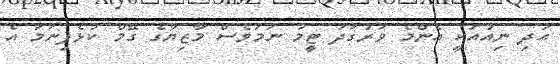
އަދި ނިއުއަކީ އެންމެ ވަރުގަދަ ޓީމު ނަމަވެސް މާޒިޔާގެ ގޭމް ކުޅެފިނަމަ އެ